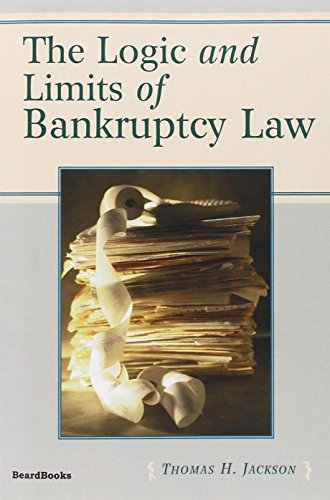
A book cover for The Logic and Limits of Bankruptcy Law; Thomas  H Jackson; Law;